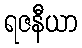
ရဇနီယာ